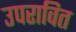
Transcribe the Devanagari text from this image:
उपरावित